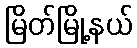
မြိတ်မြို့နယ်